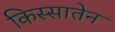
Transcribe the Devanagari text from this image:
किस्सातेन